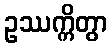
ဥဿက္ကိတွာ